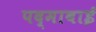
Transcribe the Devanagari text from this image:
पद्माबाई